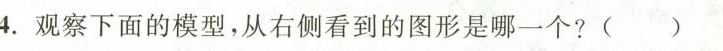
4.观察下面的模型，从右侧看到的图形是哪一个?( )